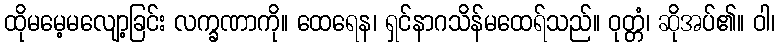
ထိုမမေ့မလျော့ခြင်း လက္ခဏာကို။ ထေရေန၊ ရှင်နာဂသိန်မထေရ်သည်။ ဝုတ္တံ၊ ဆိုအပ်၏။ ဝါ၊